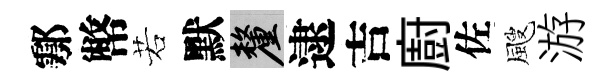
鄠幣若默厘逮吉廚佐颼游